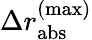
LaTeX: \Delta r_{\mathrm{abs}}^{\mathrm{(max)}}